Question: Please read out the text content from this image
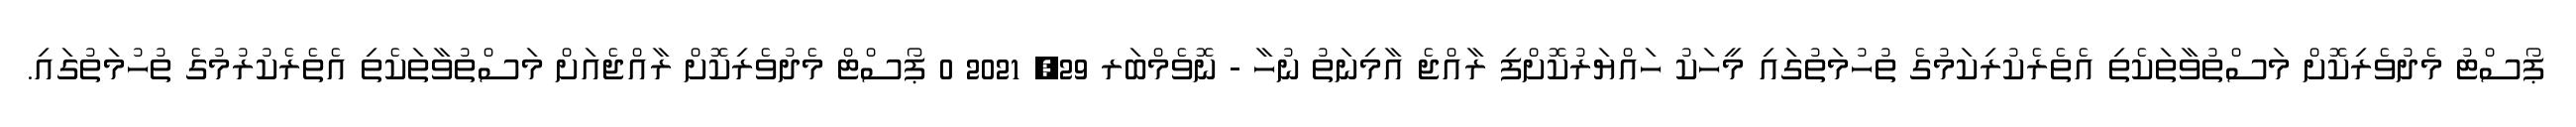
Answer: ޕޯސްޓު މެދުވެރިކޮށް މަސްތުވާތަކެތި އެތެރެކުރިކަމުގެ ތުހުމަތުގައި މީހަކު ހައްޔަރުކޮށްފި ރާއްޖެ އާމިނަތު ނުހާ - ނޮވެމްބަރ 29, 2021 0 ޕޯސްޓް މެދުވެރިކޮށް ރާއްޖެއަށް މަސްތުވާތަކެތި އެތެރެކުރުމުގެ ތުހުމަތުގައި.